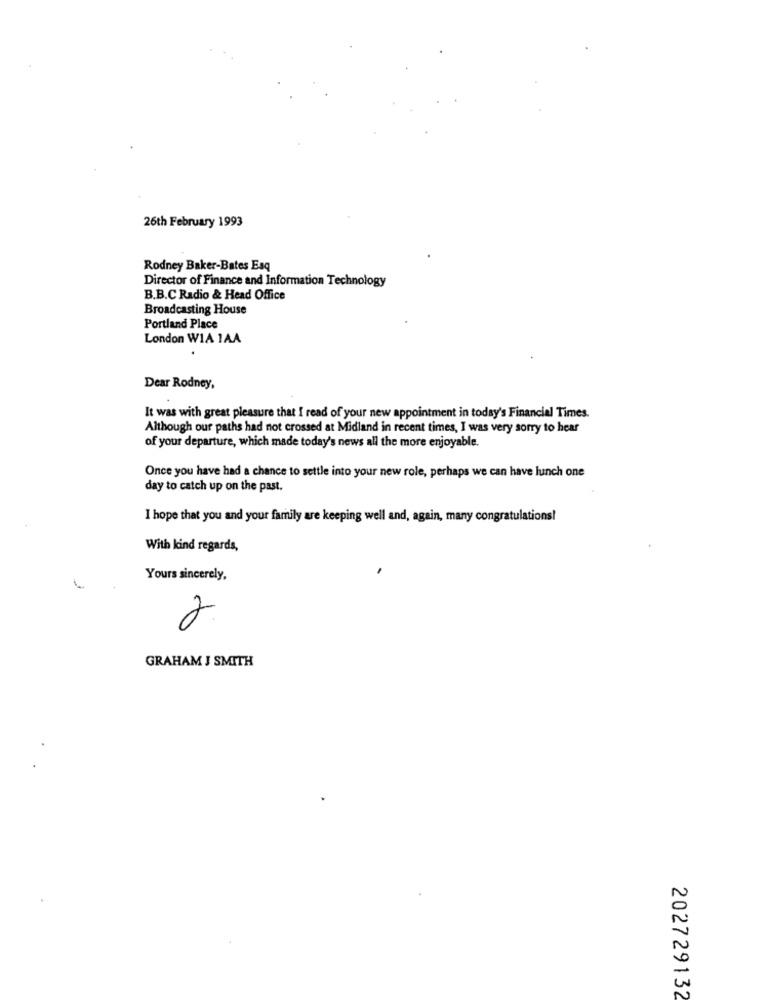
26th February 1993
Rodney Baker-Bates Esq
Director of Finance and Information Technology
B.B.C Radio & Head Office
Broadcasting House
Portland Place
London WIA 1AA
Dear Rodney,
It was with great pleasure that I read of your new appointment in today's Financial Times.
Although our paths had not crossed at Midland in recent times, I was very sorry to hear
of your departure, which made today's news all the more enjoyable.
Once you have had a chance to settle into your new role, perhaps we can have lunch one
day to catch up on the past.
I hope that you and your family are keeping well and, again, many congratulations!
With kind regards,
Yours sincerely,
-
2
GRAHAM J SMITH
202729132